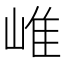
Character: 𡹐